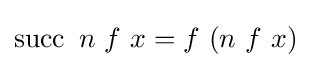
\operatorname {succ} \ n\ f\ x=f\ (n\ f\ x)